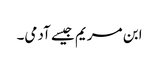
ابن مریم جیسے آدمی۔